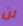
لن